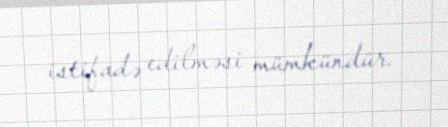
istifadə edilməsi mümkündür.